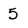
Character: 5